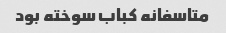
متاسفانه کباب سوخته بود